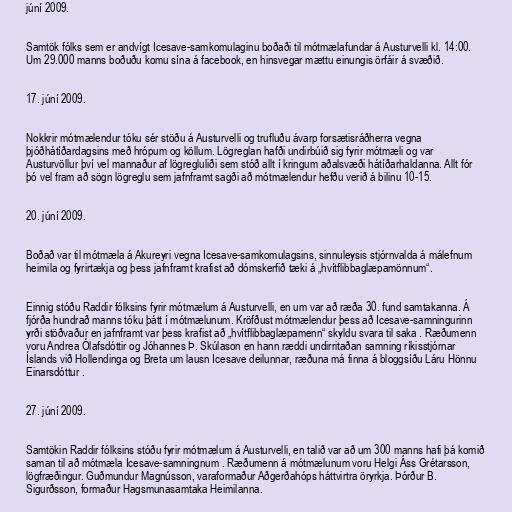
júní 2009.

Samtök fólks sem er andvígt Icesave-samkomulaginu boðaði til mótmælafundar á Austurvelli kl. 14:00.
Um 29.000 manns boðuðu komu sína á facebook, en hinsvegar mættu einungis örfáir á svæðið.

17. júní 2009.

Nokkrir mótmælendur tóku sér stöðu á Austurvelli og trufluðu ávarp forsætisráðherra vegna
þjóðhátíðardagsins með hrópum og köllum. Lögreglan hafði undirbúið sig fyrir mótmæli og var
Austurvöllur því vel mannaður af lögregluliði sem stóð allt í kringum aðalsvæði hátíðarhaldanna. Allt fór
þó vel fram að sögn lögreglu sem jafnframt sagði að mótmælendur hefðu verið á bilinu 10-15.

20. júní 2009.

Boðað var til mótmæla á Akureyri vegna Icesave-samkomulagsins, sinnuleysis stjórnvalda á málefnum
heimila og fyrirtækja og þess jafnframt krafist að dómskerfið tæki á „hvítflibbaglæpamönnum“.

Einnig stóðu Raddir fólksins fyrir mótmælum á Austurvelli, en um var að ræða 30. fund samtakanna. Á
fjórða hundrað manns tóku þátt í mótmælunum. Kröfðust mótmælendur þess að Icesave-samningurinn
yrði stöðvaður en jafnframt var þess krafist að „hvítflibbaglæpamenn“ skyldu svara til saka . Ræðumenn
voru Andrea Ólafsdóttir og Jóhannes Þ. Skúlason en hann ræddi undirritaðan samning ríkisstjórnar
Íslands við Hollendinga og Breta um lausn Icesave deilunnar, ræðuna má finna á bloggsíðu Láru Hönnu
Einarsdóttur .

27. júní 2009.

Samtökin Raddir fólksins stóðu fyrir mótmælum á Austurvelli, en talið var að um 300 manns hafi þá komið
saman til að mótmæla Icesave-samningnum . Ræðumenn á mótmælunum voru Helgi Áss Grétarsson,
lögfræðingur. Guðmundur Magnússon, varaformaður Aðgerðahóps háttvirtra öryrkja. Þórður B.
Sigurðsson, formaður Hagsmunasamtaka Heimilanna.